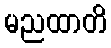
မညထာတိ